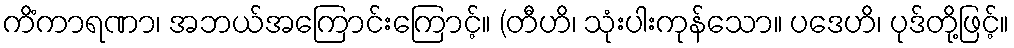
ကိံကာရဏာ၊ အဘယ်အကြောင်းကြောင့်။ (တီဟိ၊ သုံးပါးကုန်သော။ ပဒေဟိ၊ ပုဒ်တို့ဖြင့်။